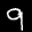
Label: 9